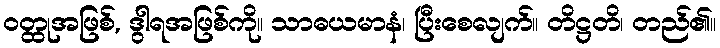
ဝတ္ထုအဖြစ်, ဒွါရအဖြစ်ကို။ သာဓယမာနံ၊ ပြီးစေလျက်။ တိဋ္ဌတိ၊ တည်၏။